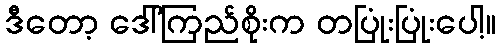
ဒီတော့ ဒေါ်ကြည်စိုးက တပြုံးပြုံးပေါ့။